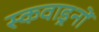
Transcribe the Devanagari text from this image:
स्कवाड्रनों